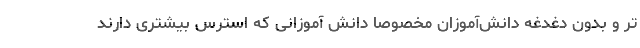
تر و بدون دغدغه دانش‌آموزان مخصوصاً دانش آموزانی که استرس بیشتری دارند